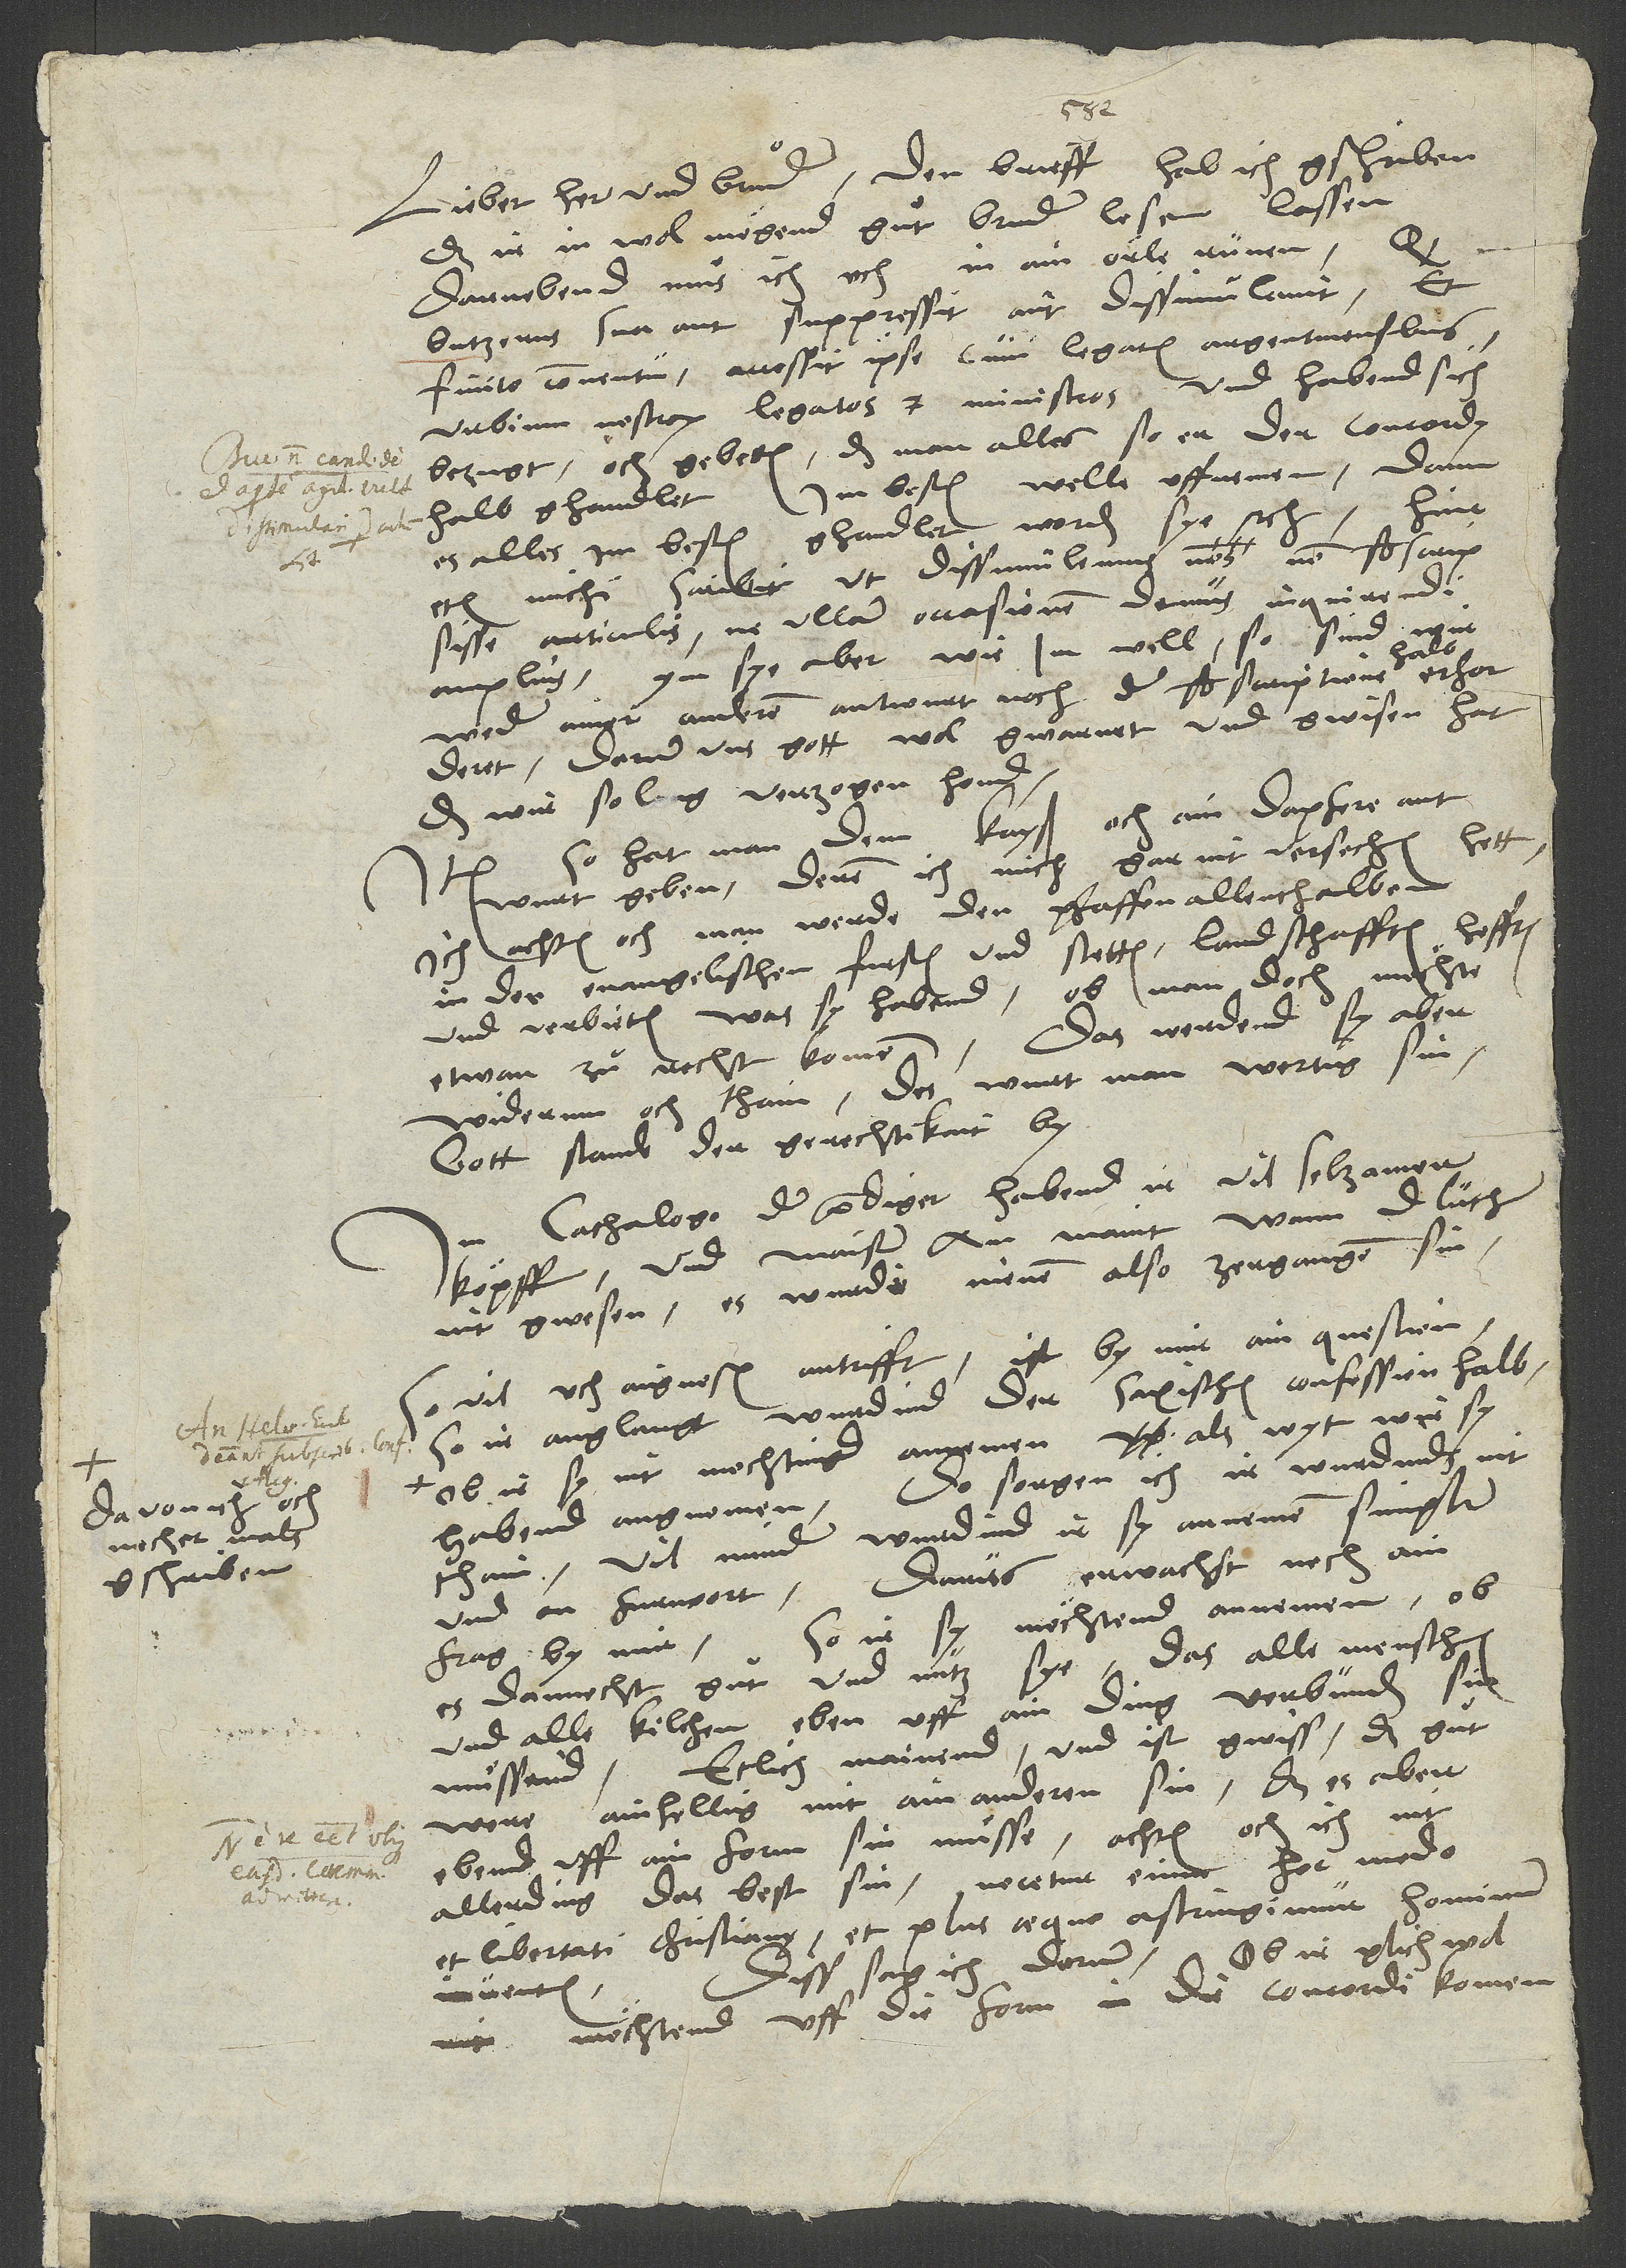
davon ich och
nechermals
gschriben,,

Lieber her und bruͦder, den brieff hab ich gschriben,
daß in in wol mögend guͦt bruder lesen lassen.
Darnebend muͦs ich uch in ain örle runen, ,
bezugt, och gebeten, daß man alles, so er der concordy
halb ghandlet, im besten welle uffnemen, dann
es alles im besten ghandlet worden sye etc. Hinc
etiam michi scribit, ut dissimulemus nos non subscripsisse
articulis, ne ullam occasionem demus inquirendi
Ym sye aber wie im well, so sind wir
amplius.
weder ainer anderen antwurt noch der subscriptione halb
erforderet; darum uns gott wol gwarnet und gwisen hat,
daß wir so lang verzogen hond.
so hat man dem kayser och ain dapfere antwurt
geben, deren ich mich gar nit versechen hett.
Ich achten och, man werde den pfaffen allenthalben
in der evangelischen fursten und stetten landschafften hefften
und verbieten, was sy habend, ob man doch möchte
Das werdend sy aber
etwan zuͦ recht komen.
widerum och thain; des wurt man wertig sin.
Gott stande der gerechtikait by!
cathalogo der prediger habend ir vil seltzamer
köpff, und Maister Am maint, wann der Luther
nit gwesen, es wurdi nienen also zergangen sin.
vil uch aignosen antrifft, ist by mir ain question:
So ir anglangt wurdind der saxischen confession halb,
ob ir sy nit mochtind annemen, als wyt wir sy
habend angnomen, do sorgen ich, ir wurdinds nit
thain. Vil minder wurdind ir sy annemen simpliciter
Darus erwachst noch ain
und on furwort.
frag by mir: So ir sy möchtend annemen, ob
es dannocht guͦt und nutz sye, das alle menschen
und alle kilchen eben uff ain ding verbunden sin
Etlich mainend, und ist gwiss, daß guͦt
muͤsind.
were ainhellig mit ainanderen sin; daß es aber
ebend uff ain form sin muͤse, achten och ich nit
allerding das best sin. Nocetur enim hoc modo
et libertati christianę, et plus aequo astringimur hominum
Diss sag ich dorum, ob ir glichwol
möchtend uff die form in die concordi komen,